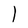
Character: l